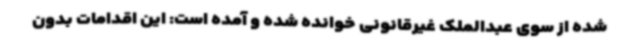
شده از سوی عبدالملک غیرقانونی خوانده شده و آمده است: این اقدامات بدون